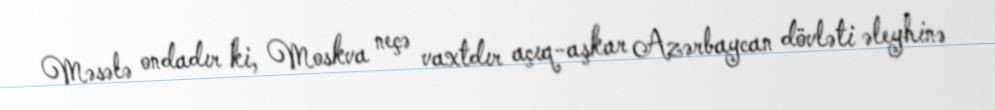
Məsələ ondadır ki, Moskva neçə vaxtdır açıq-aşkar Azərbaycan dövləti əleyhinə